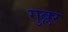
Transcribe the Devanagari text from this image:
गुब्लर